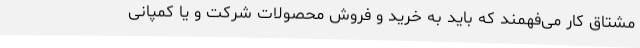
مشتاق کار می‌فهمند که باید به خرید و فروش محصولات شرکت و یا کمپانی